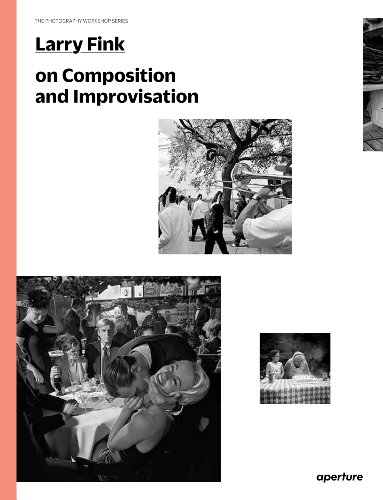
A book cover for Larry Fink on Composition and Improvisation: The Photography Workshop Series; Arts & Photography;